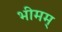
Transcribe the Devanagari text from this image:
भीमम्